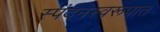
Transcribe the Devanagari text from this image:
स्पंदनस्वरूपात